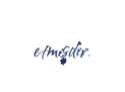
etmişdir.